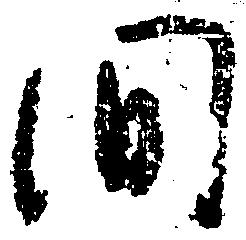
間